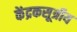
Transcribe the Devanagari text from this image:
केंद्रकसूत्रीय